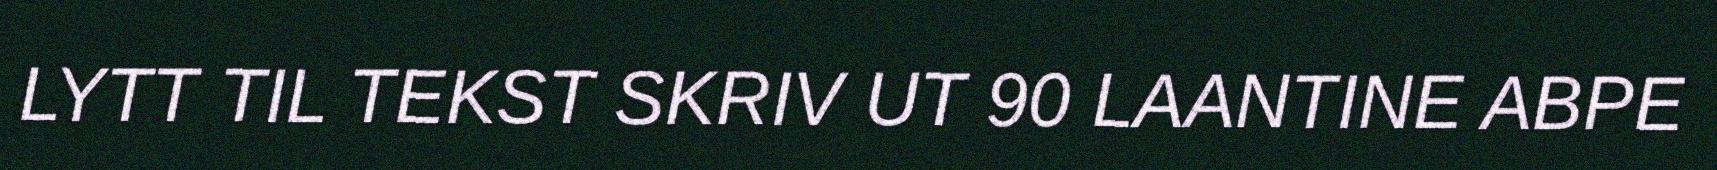
LYTT TIL TEKST SKRIV UT 90 LAANTINE ABPE